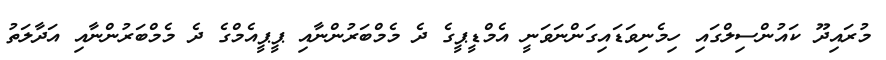
މުރައިދޫ ކައުންސިލްގައި ހިމެނިވަޑައިގަންނަވަނީ އެމްޑީޕީގެ ދެ މެމްބަރުންނާއި ޕީޕީއެމްގެ ދެ މެމްބަރުންނާއި އަދާލަތު